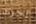
أجرك